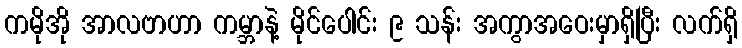
ကမိုအို အာလဗာဟာ ကမ္ဘာနဲ့ မိုင်ပေါင်း ၉ သန်း အကွာအဝေးမှာရှိပြီး လက်ရှိ